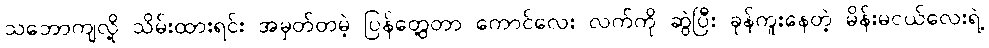
သဘောကျလို့ သိမ်းထားရင်း အမှတ်တမဲ့ ပြန်တွေ့တာ ကောင်လေး လက်ကို ဆွဲပြီး ခုန်ကူးနေတဲ့ မိန်းမငယ်လေးရဲ့